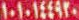
١٠١٠١٤٤٩٢٠